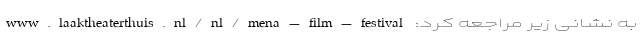
به نشانی زیر مراجعه کرد: www.laaktheaterthuis.nl/nl/mena-film-festival